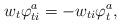
LaTeX: \begin{align*}w_t \varphi^a_{ti} = - w_{ti}\varphi^a_t,\end{align*}